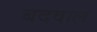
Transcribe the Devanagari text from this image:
बदवाल